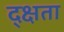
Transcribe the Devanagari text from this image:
द्क्षता